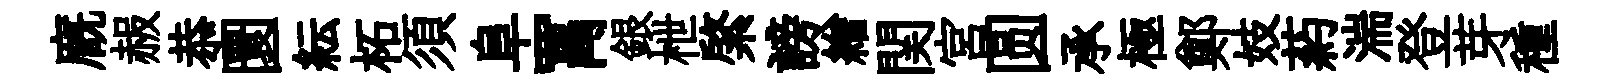
廐赧恭圜紜柘須阜罥銀枻綮謗繒関宫圆承極鄭妓葯湍登芽種